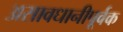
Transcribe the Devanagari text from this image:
असावधानीपूर्वक